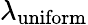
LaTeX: \lambda_{\mathrm{uniform}}